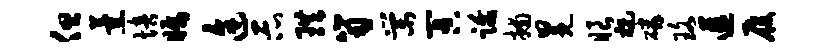
但薰培瞩途示珙笥棠冥跋捕冕眼祝磷珞遘履